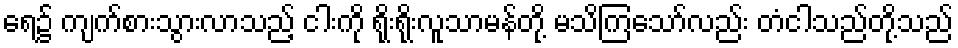
ရေ၌ ကျက်စားသွားလာသည့် ငါးကို ရိုးရိုးလူသာမန်တို့ မသိကြသော်လည်း တံငါသည်တို့သည်